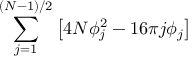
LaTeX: \sum _ { j = 1 } ^ { \left( N - 1 \right) / 2 } \left[ 4 N \phi _ { j } ^ { 2 } - 1 6 \pi j \phi _ { j } \right]